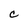
Character: e